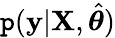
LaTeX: \mathtt{p}(\textbf{{y}}|\textbf{{X}},\hat{{\boldsymbol{\theta}}})